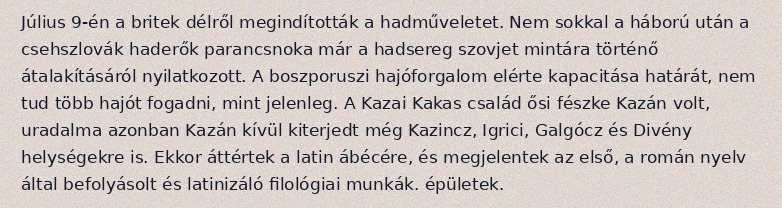
Július 9-én a britek délről megindították a hadműveletet. Nem sokkal a háború után a csehszlovák haderők parancsnoka már a hadsereg szovjet mintára történő átalakításáról nyilatkozott. A boszporuszi hajóforgalom elérte kapacitása határát, nem tud több hajót fogadni, mint jelenleg. A Kazai Kakas család ősi fészke Kazán volt, uradalma azonban Kazán kívül kiterjedt még Kazincz, Igrici, Galgócz és Divény helységekre is. Ekkor áttértek a latin ábécére, és megjelentek az első, a román nyelv által befolyásolt és latinizáló filológiai munkák. épületek.